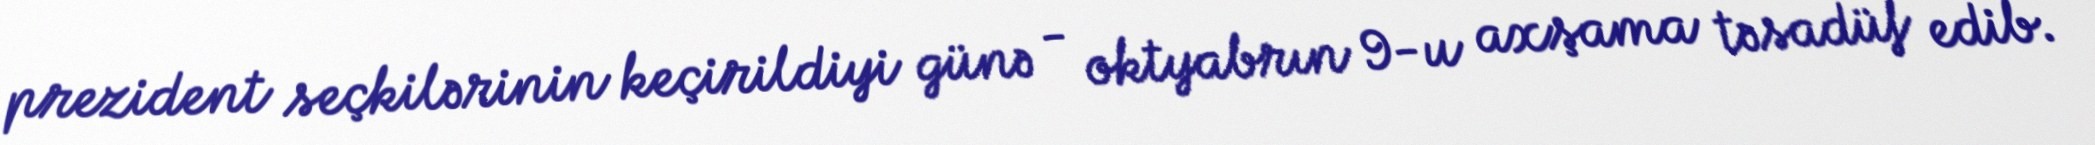
prezident seçkilərinin keçirildiyi günə - oktyabrın 9-u axşama təsadüf edib.